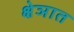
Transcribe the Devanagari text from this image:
क्षेञात